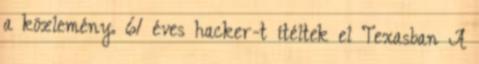
a közlemény. 61 éves hacker-t ítéltek el Texasban A